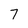
Character: 7